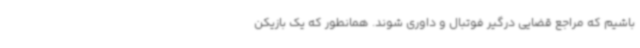
باشیم که مراجع قضایی درگیر فوتبال و داوری شوند. همانطور که یک بازیکن